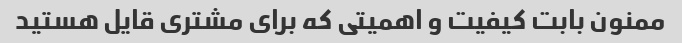
ممنون بابت کیفیت و اهمیتی که برای مشتری قایل هستید